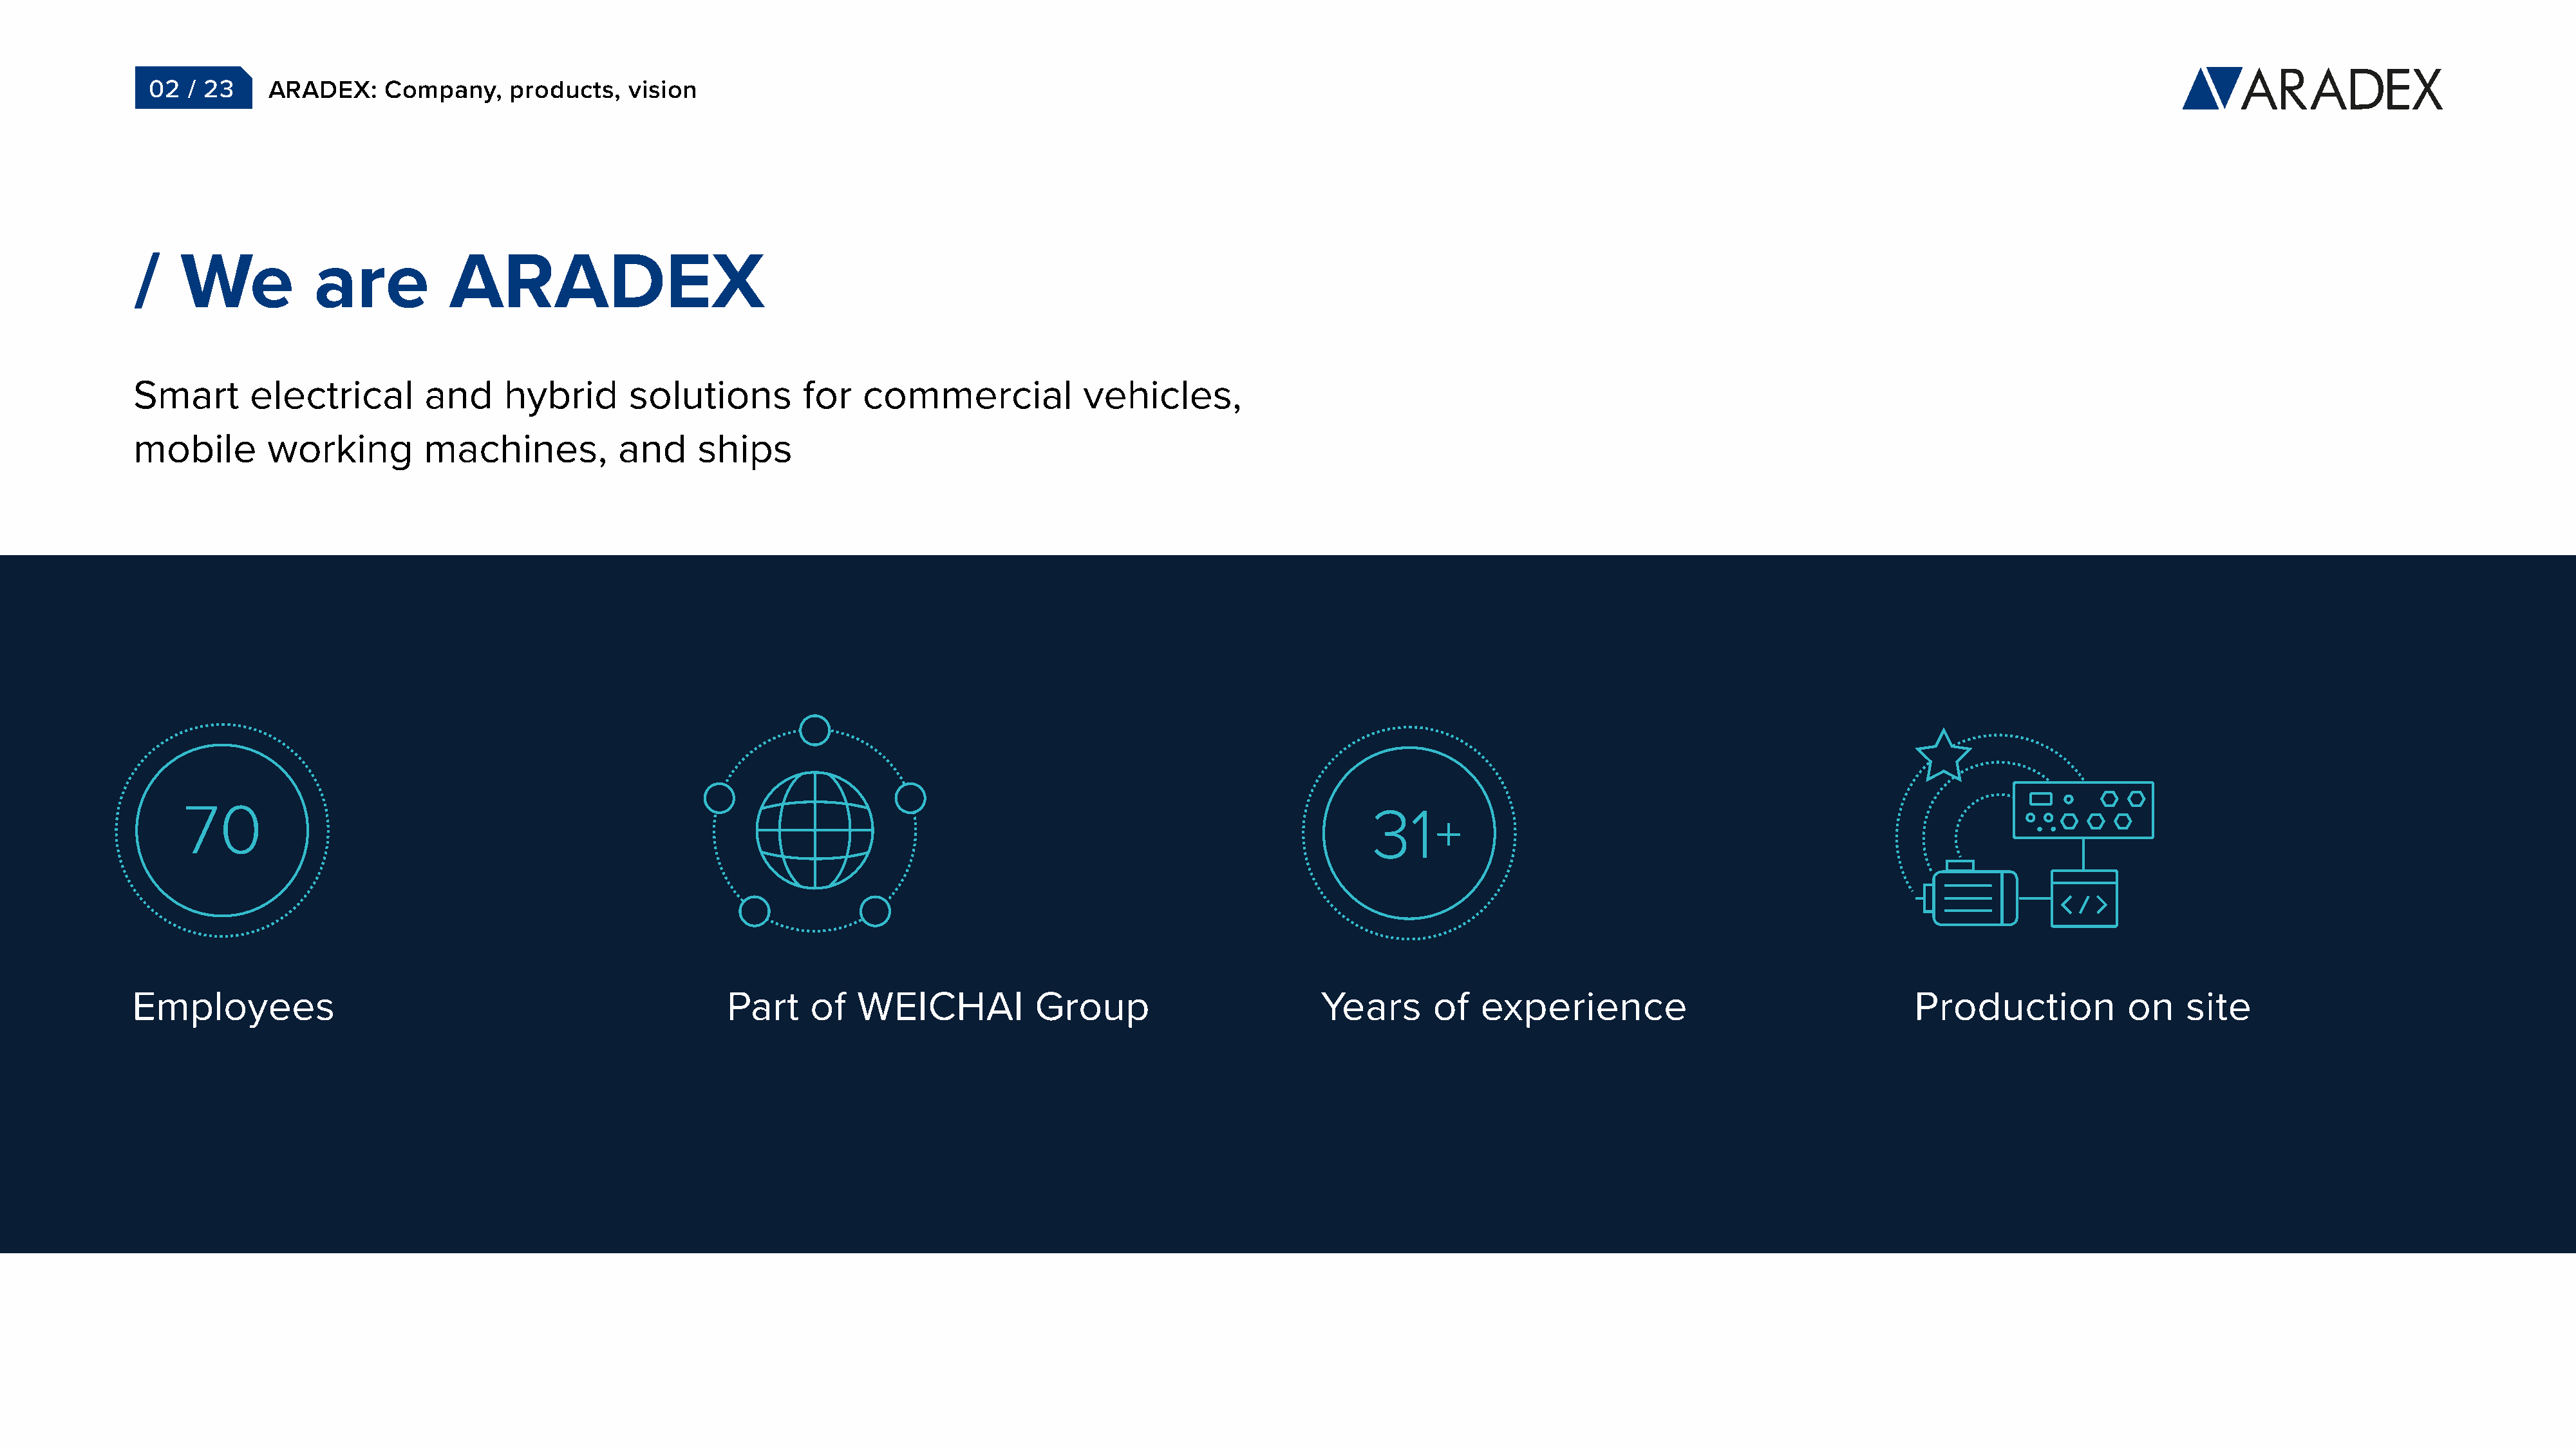
02  / 23     ARADEX:     Company,    products,    vision
 /    We           are           ARADEX
 Smart       electrical        and     hybrid       solutions         for   commercial            vehicles,
 mobile       working          machines,           and     ships
 Employees                                                    Part    of   WEICHAI           Group                         Years      of   experience                                   Production            on    site